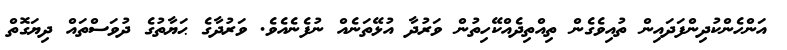
އަންހެންކުދިންފަދައިން ތުއިވެގެން ތިއްތިދެއްކޭހިތުން ވަރުދާ އުޅޭތަނެއް ނުފެނެއެވެ. ވަރުދާގެ ޙަޔާތުގެ ދުވަސްތައް ދިޔަގޮތް